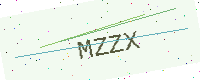
Text: MZZX